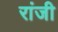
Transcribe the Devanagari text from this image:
रांजी